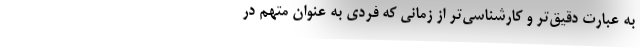
‌به عبارت دقیق‌تر و کارشناسی‌تر از زمانی که فردی به عنوان متهم در